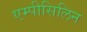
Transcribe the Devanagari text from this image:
एम्पीसिलिन